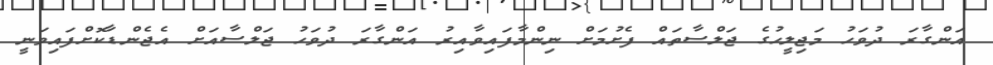
އަންގާރަ ދުވަހު މަޖިލީހުގެ ޖަލްސާތައް ފެށުމަށް ނިންމާފައިވާއިރު އަންގާރަ ދުވަހު ޖަލްސާއަށް އެޖެންޑާކޮށްފައިވަނީ